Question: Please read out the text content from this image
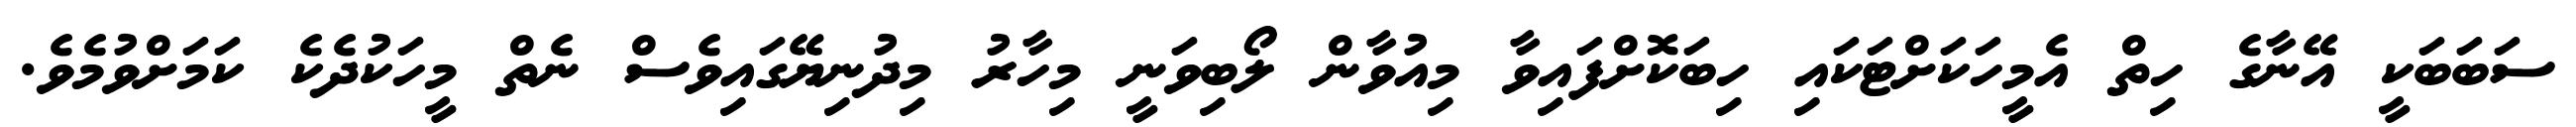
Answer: ސަބަބަކީ އޭނާގެ ހިތް އެމީހަކަށްޓަކައި ހިބަކޮށްފައިވާ މިއުވާން ލޯބިވަނީ މިހާރު މިދުނިޔޭގައިވެސް ނެތް މީހަކުދެކެ ކަމަށްވުމެވެ.